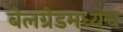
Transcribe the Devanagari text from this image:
बेलग्रेडमध्येच